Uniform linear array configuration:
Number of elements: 12
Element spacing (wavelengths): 0.75
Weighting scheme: kaiser
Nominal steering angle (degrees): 60
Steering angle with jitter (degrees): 60.618
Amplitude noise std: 0.05
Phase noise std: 0.05

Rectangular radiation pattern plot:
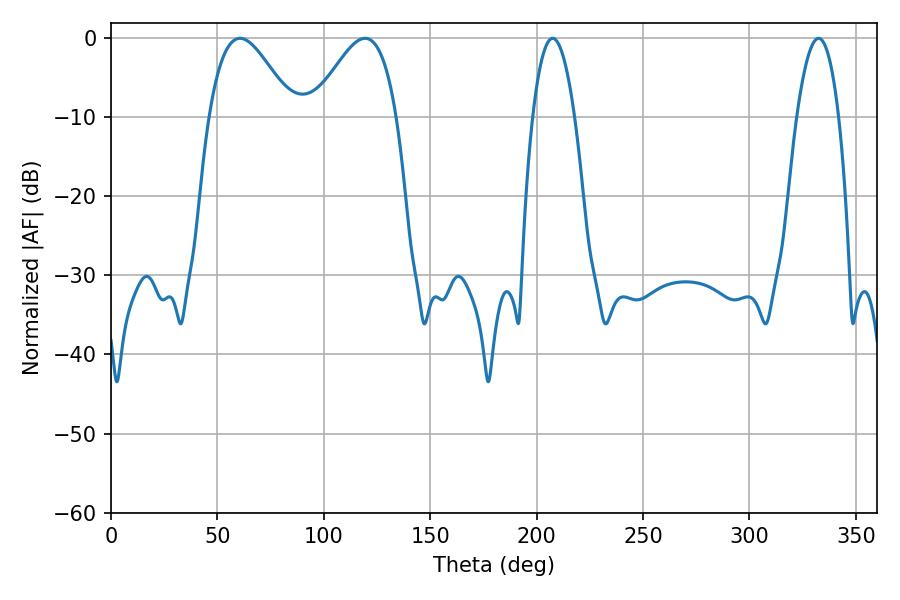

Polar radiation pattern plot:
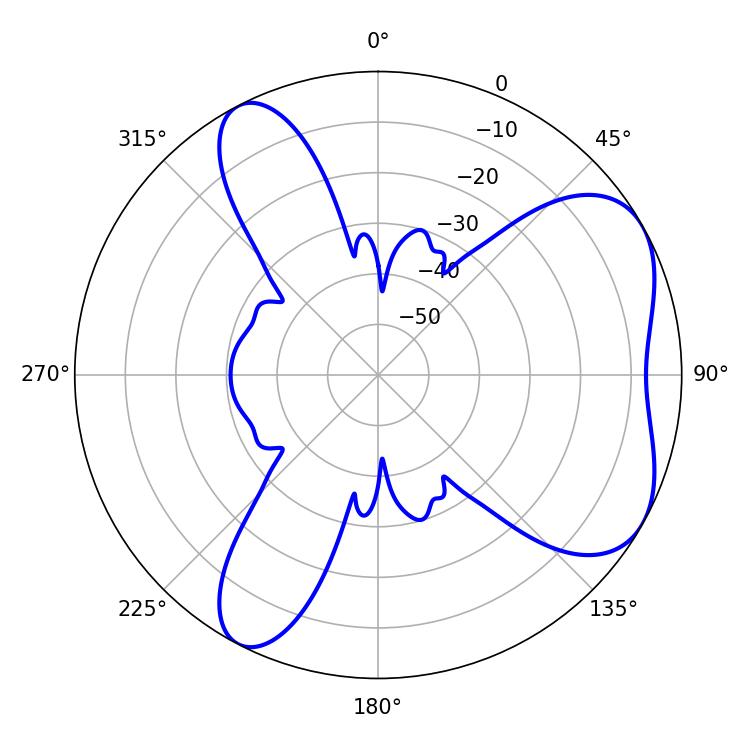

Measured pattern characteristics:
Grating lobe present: TRUE
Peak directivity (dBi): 5.616
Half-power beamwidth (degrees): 21.24
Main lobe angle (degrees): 60.66